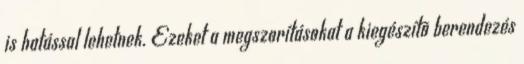
is hatással lehetnek. Ezeket a megszorításokat a kiegészítõ berendezés